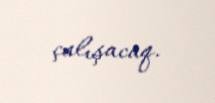
çalışacaq.